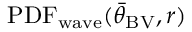
\mathrm { P D F _ { w a v e } } ( { \bar { \theta } } _ { \mathrm { B V } } , r )